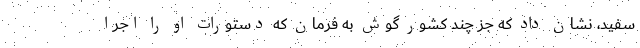
سفید، نشان داد که جز چند کشور گوش به فرمان که دستورات او را اجرا